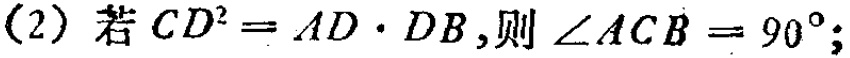
(2) 若 \(CD^{2}=AD\cdot DB\)，则 \(\angle ACB = 90^{\circ}\)；